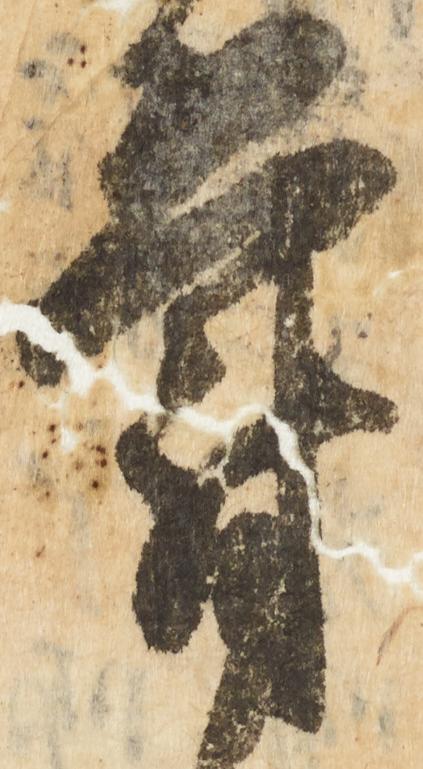
鬱